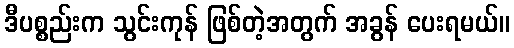
ဒီပစ္စည်းက သွင်းကုန် ဖြစ်တဲ့အတွက် အခွန် ပေးရမယ်။